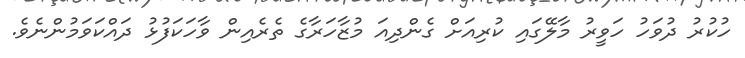
ހުކުރު ދުވަހު ހަވީރު މާލޭގައި ކުރިއަށް ގެންދިއަ މުޒާހަރާގެ ތެރެއިން ވާހަކަފުޅު ދައްކަވަމުންނެވެ.